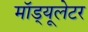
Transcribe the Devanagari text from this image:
मॉड्यूलेटर